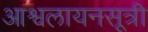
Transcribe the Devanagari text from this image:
आश्वलायनसूत्री